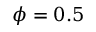
\phi = 0 . 5